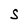
Character: S